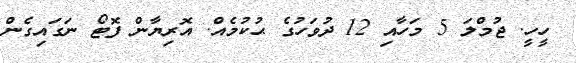
ހީހީ. ޖުމްލަ 5 މަހާއި 12 ދުވަހުގެ ޙުކުމެއް. އޮރިޔާން ފޮޓޯ ނަގައިގެން